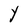
Character: Y